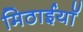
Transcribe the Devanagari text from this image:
मिठाईयाॅ